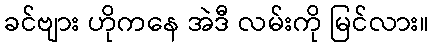
ခင်ဗျား ဟိုကနေ အဲဒီ လမ်းကို မြင်လား။